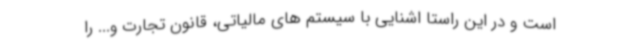
است و در این راستا اشنایی با سیستم های مالیاتی، قانون تجارت و... را